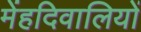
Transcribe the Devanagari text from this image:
मेंहदिवालियों